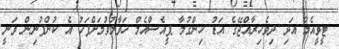
ޓީވީއެމް އަދި ދިވެހިރާއްޖޭގެ އަޑު ހިންގުމާ ޕީއެސްއެމް ހަވާލުވުމަށްފަހު އެ ކުންފުނިން ވަނީ